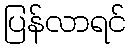
ပြန်လာရင်